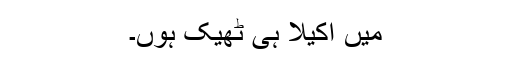
میں اکیلا ہی ٹھیک ہوں۔